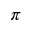
\pi